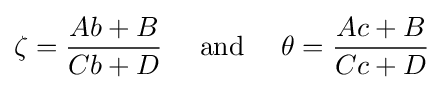
\zeta ={\frac {Ab+B}{Cb+D}}\quad {\text{ and }}\quad \theta ={\frac {Ac+B}{Cc+D}}